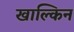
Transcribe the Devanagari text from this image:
खाल्किन